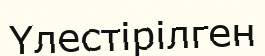
Үлестірілген